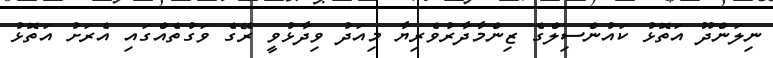
ނިލަންދޫ އަތޮޅު ކައުންސިލްގެ ޒިންމާދާރުވެރިޔާ މިއަދު ވިދާޅުވީ ރޭގެ ވަގުތެއްގައި އެރަށު އަތޮޅު